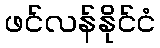
ဖင်လန်နိုင်ငံ